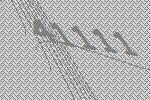
41111